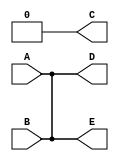
module wire_and_or (A, B, C, D, E);

input A, B;
output C, D, E;
wire A_NOT;

wand D;
wor E;

//wire
assign A_NOT = ~A;
assign C = A_NOT & B;  // C = ~AB

// wire-and
assign D = A;
assign D = B;

// wire-or
assign E = A;
assign E = B;

endmodule // wire_and_or